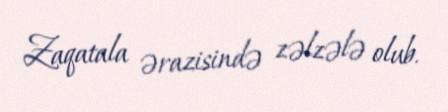
Zaqatala ərazisində zəlzələ olub.